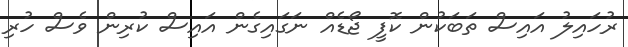
ރުހައިލު އައިސް ތަބަކުން ކޮފީ ޖޯޑެއް ނަގައިގެން އައިސް ކުރިން ވެސް ހުރި